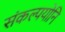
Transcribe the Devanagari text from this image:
संकल्पयोनि